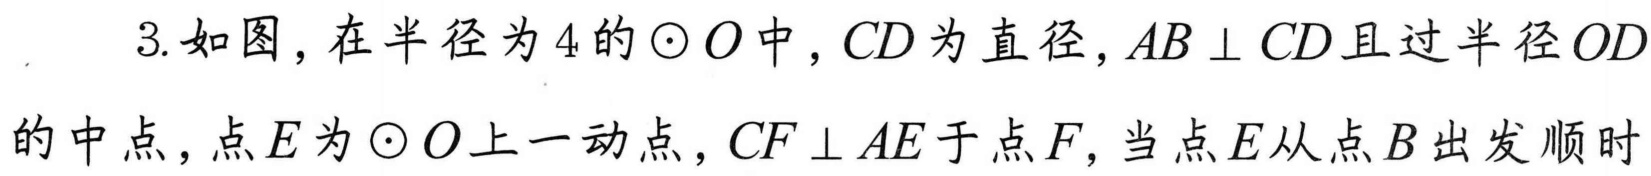
3. 如图, 在半径为\(4\)的\(\odot O\)中,\(CD\)为直径,\(AB\perp CD\)且过半径\(OD\)
的中点, 点\(E\)为\(\odot O\)上一动点,\(CF\perp AE\)于点\(F\), 当点\(E\)从点\(B\)出发顺时